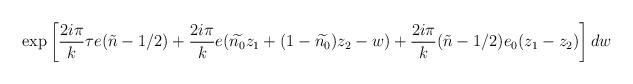
LaTeX: \begin{align*}\mbox{exp}\left[\frac{2i\pi}{k}\tau e(\tilde{n}-1/2)+\frac{2i\pi}{k}e(\widetilde{n_{0}}z_{1}+(1-\widetilde{n_{0}})z_{2}-w)+\frac{2i\pi}{k}(\tilde{n}-1/2)e_{0}(z_{1}-z_{2})\right] dw\end{align*}